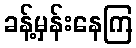
ခန့်မှန်းနေကြ